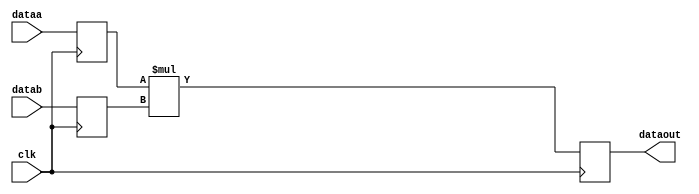
// Quartus II Verilog Template
// Unsigned multiply with input and output registers

module unsigned_multiply_with_input_and_output_registers
#(parameter WIDTH=8)
(
	input clk,
	input [WIDTH-1:0] dataa,
	input [WIDTH-1:0] datab,
	output reg [2*WIDTH-1:0] dataout
);

	// Declare input and output registers
	reg [WIDTH-1:0] dataa_reg;
	reg [WIDTH-1:0] datab_reg;
	wire [2*WIDTH-1:0] mult_out;

	// Store the result of the multiply
	assign mult_out = dataa_reg * datab_reg;

	// Update data
	always @ (posedge clk)
	begin
		dataa_reg <= dataa;
		datab_reg <= datab;
		dataout <= mult_out;
	end

endmodule